Scientific memoirs by medical officers of the Army of India - Part V,
Year: 1890
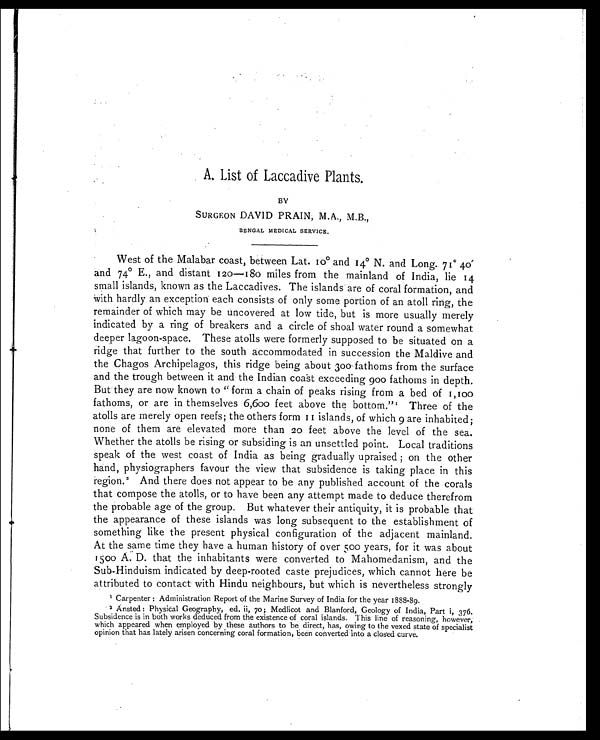
A. List of Laccadive Plants.
BY
SURGEON DAVID PRAIN, M.A., M.B.,
BENGAL MEDICAL SERVICE.
West of the Malabar coast, between Lat. 10° and 14° N. and Long. 71° 40'
and 74° E., and distant 120—180 miles from the mainland of India, lie 14
small islands, known as the Laccadives. The islands are of coral formation, and
With hardly an exception each consists of only some portion of an atoll ring, the
remainder of which may be uncovered at low tide, but is more usually merely
indicated by a ring of breakers and a circle of shoal water round a somewhat
deeper lagoon-space. These atolls were formerly supposed to be situated on a
ridge that further to the south accommodated in succession the Maldive and
the Chagos Archipelagos, this ridge being about 300 fathoms from the surface
and the trough between it and the Indian coast exceeding 900 fathoms in depth.
But they are now known to "form a chain of peaks rising from a bed of 1,100
fathoms, or are in themselves 6,600 feet above the bottom."1 Three of the
atolls are merely open reefs; the others form 11 islands, of which 9 are inhabited;
none of them are elevated more than 20 feet above the level of the sea.
Whether the atolls be rising or subsiding is an unsettled point. Local traditions
speak of the west coast of India as being gradually upraised; on the other
hand, physiographers favour the view that subsidence is taking place in this
region. 2 And there does not appear to be any published account of the corals
that compose the atolls, or to have been any attempt made to deduce therefrom
the probable age of the group. But whatever their antiquity, it is probable that
the appearance of these islands was long subsequent to the establishment of
something like the present physical configuration of the adjacent mainland.
At the same time they have a human history of over 500 years, for it was about
1500 A. D. that the inhabitants were converted to Mahomedanism, and the
Sub-Hinduism indicated by deep-rooted caste prejudices, which cannot here be
attributed to contact with Hindu neighbours, but which is nevertheless strongly
1 C a r p e n t e r : A d m i n i s t r a t i o n R e p o r t o f t h e M a r i n e S u r v e y o f I n d i a f o r t h e y e a r 1 8 8 8 - 8 9 .
2 Ansted: Physical Geography, ed. ii, 70; Medlicot and Blanford, Geology of India, Part i, 376.
Subsidence is in both works deduced from the existence of coral islands. This line of reasoning, however,
which appeared when employed by these authors to be direct, has, owing to the vexed state of specialist
opinion that has lately arisen concerning coral formation, been converted into a closed curve.